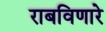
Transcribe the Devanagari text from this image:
राबविणारे